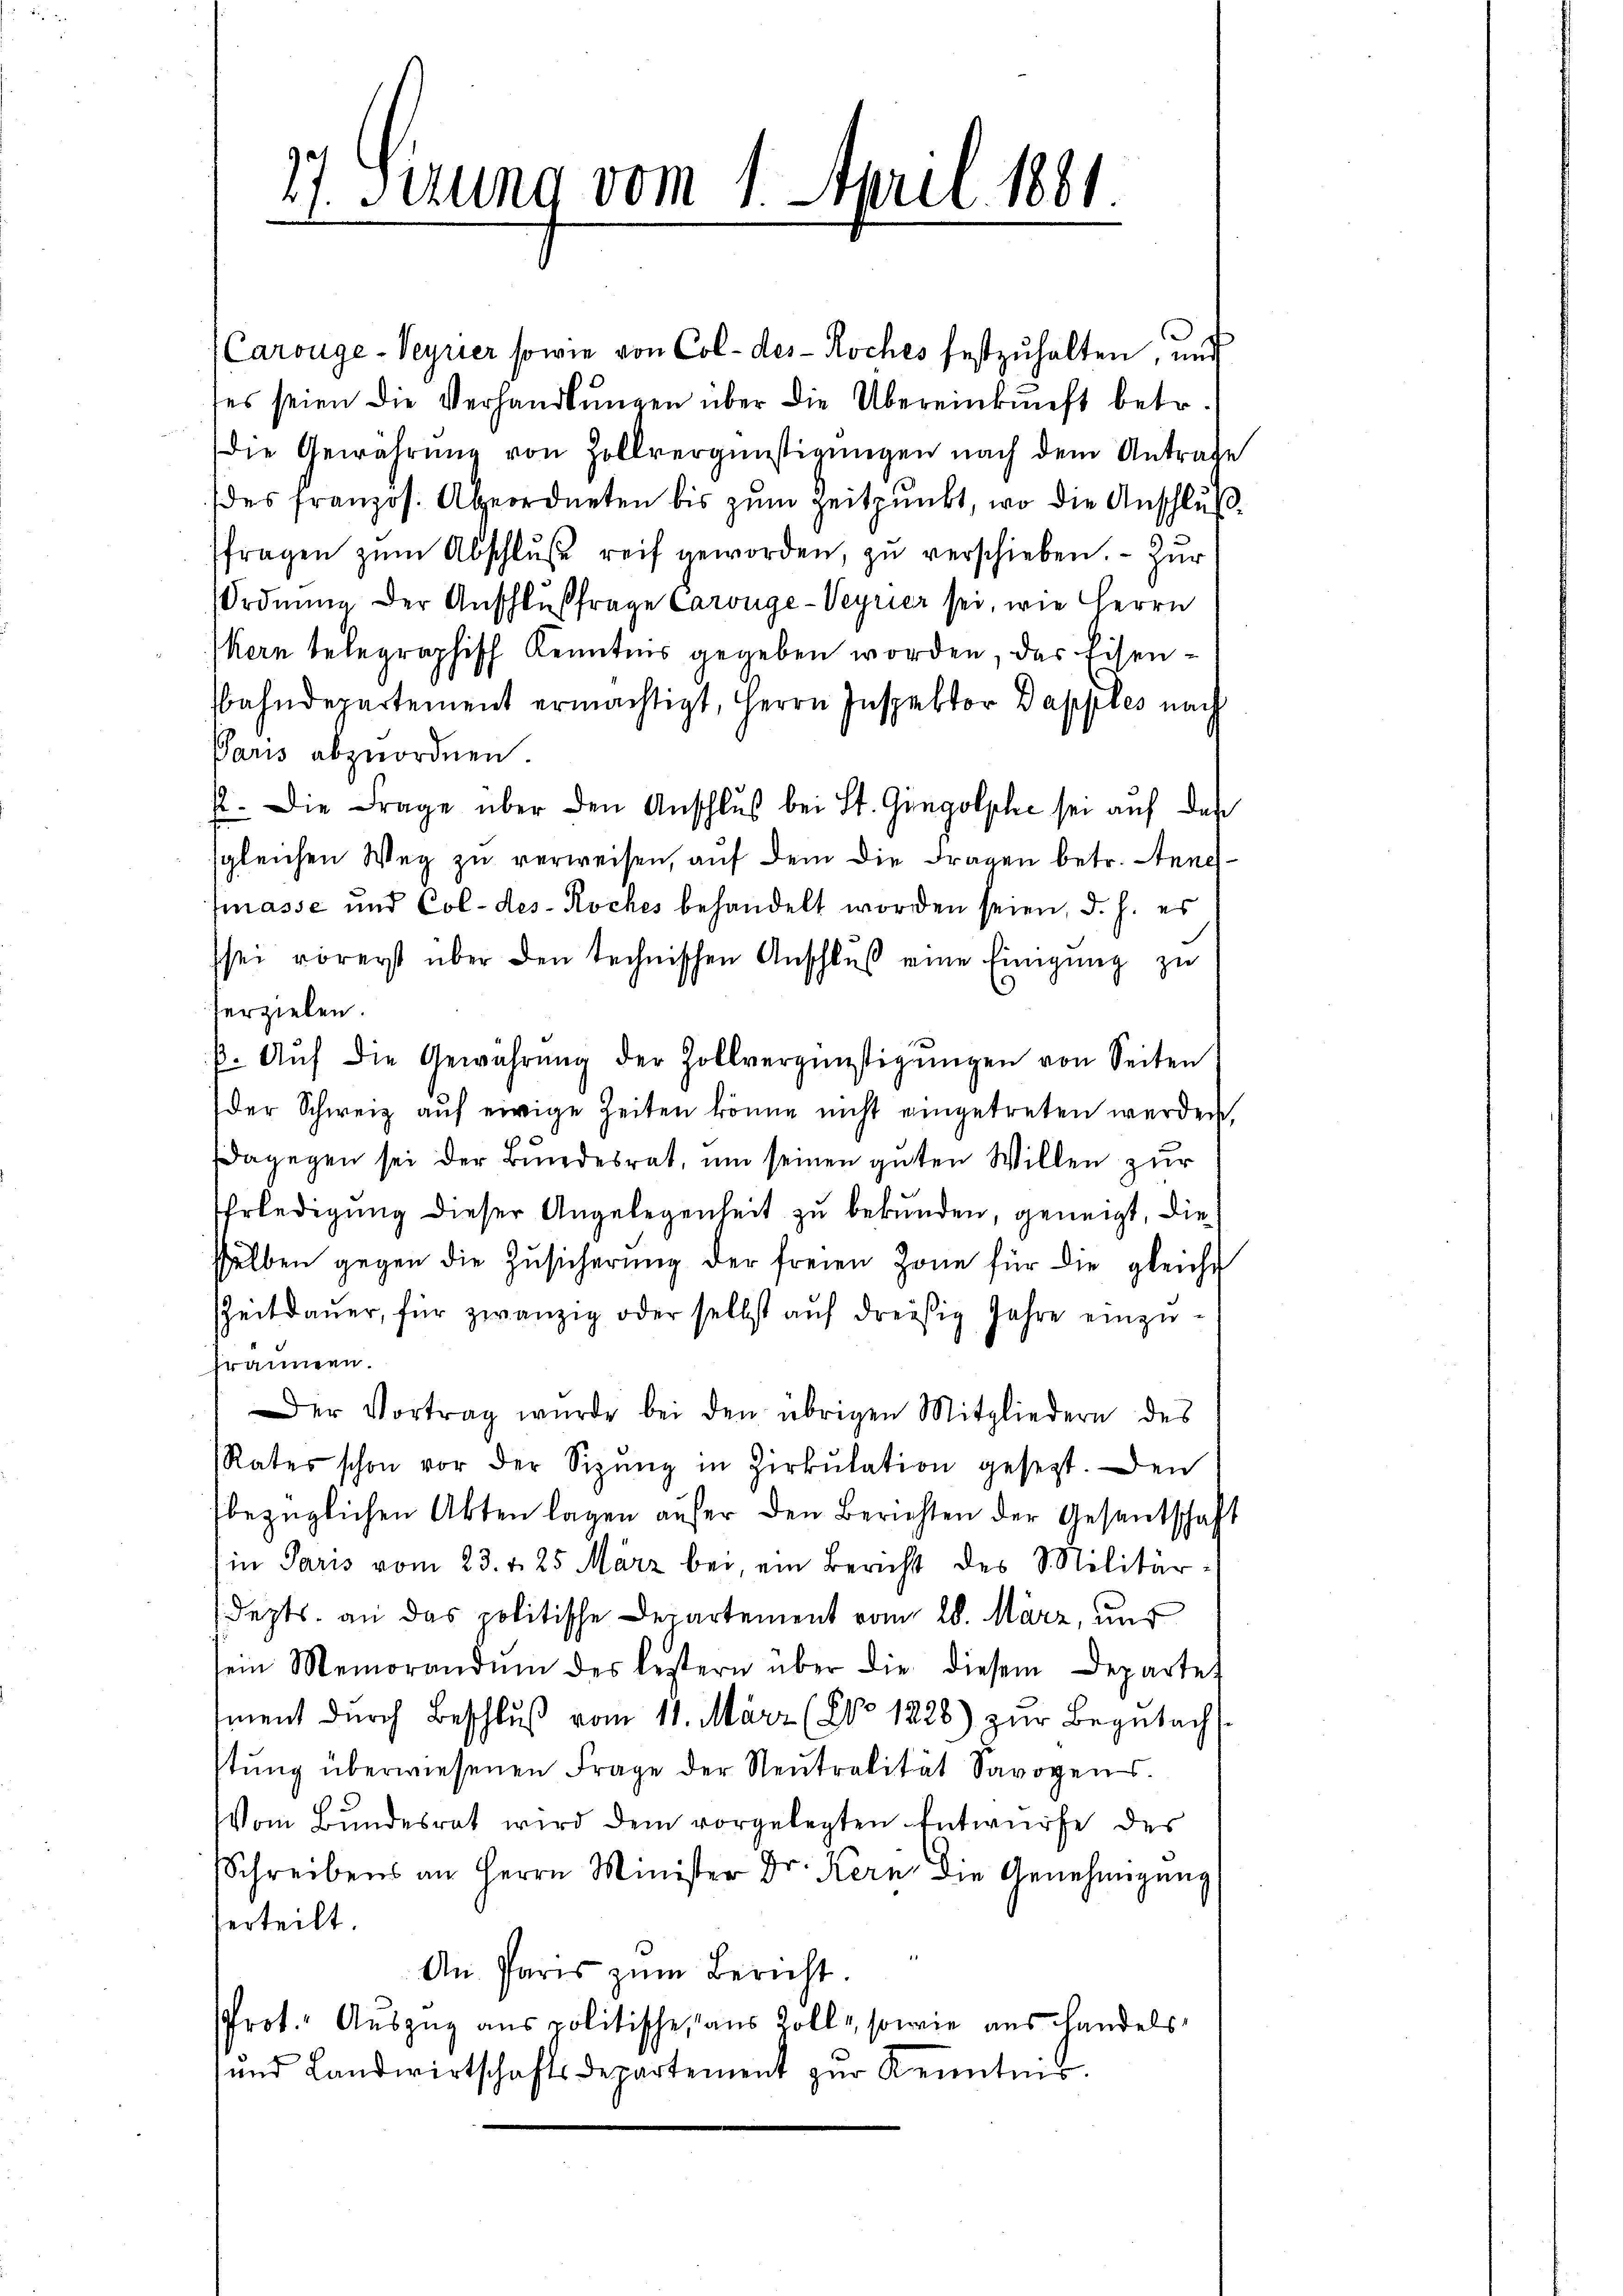
27. Sizung vom 1.

April 1861.

Carouge-Veyrier sowie von Col- des Roches festzŭhalten, und
es seien die Verhandlŭngen über die Übereinkunft betr.
die Gewährŭng von Zollvergünstigungen nach dem Antrage
(des französ. Abeordneten bis zum Zeitpunkt, wo die Anschlußfragen zŭm Abschlŭβe reif geworden, zŭ verschieben. Zŭr
Ordnung der Anschlußfrage Carouge-Veyrier sei, wie Herrn
kern telegraphisch Kenntnis gegeben worden, das Eisenbahndepartement ermächtigt, Herrn Inspektor Dapples nach
Paris abzuordnen.
2. Die Frage über den Anschluß bei St. Gingolphe sei auf das
sgleichen Weg zu verweisen, auf dem die Fragen betr. Annehfmasse und Col- des Roches behandelt worden seien, d. h. es
sei vorerst über den technischen Anschluß eine Einigung zu
verzielen.
β. Aŭf die Gewährŭng der Zollvergünstigŭngen von Seiten
der Schweiz aŭf einige Zeiten könne nicht eingetreten werden,
dagegen sei der Bundesrat, um seinen guten Willen zur
Erledigung dieser Angelegenheit zu bekunden, geneigt, die
selben gegen die Zŭsicherŭng der freien Zone für die gleiche
ZZeitdauer, für zwanzig oder selbst aŭf dreisig Jahre einzufrännern.
Der Vortrag wurde bei den übrigen Mitgliedern des
Rates schon vor der Sizŭng in Zirkŭlation gesezt. Den
bezüglichen Akten lagen aŭfer den Berichten der Gesentschaft
in Paris vom 23. v. 25 März bei ein Bericht des Militär-
depts. an das politische Departement vom 28. März, und
sein Memorandum des bestern über die diesem Departet
iment dŭrch Beschlŭβ vom 11. März (No 1328) zŭr Begŭtach
stŭng überwiesenen Frage der Neŭtralität Savogen.
Vom Bundesrat wird dem vorgelegten Entwurfe des
Schreibens an Herrn Minister Dr. Kern die Genehmigung
erteilt.
An Paris zŭm Bericht.
Prot. Auszug aus politische, aus Kolle, sowie aus handels
und Landwirtschaftsdepartement zur Kenntnis.